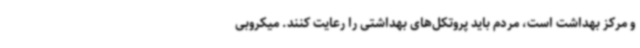
و مرکز بهداشت است، مردم باید پروتکل‌های بهداشتی را رعایت کنند. میکروبی